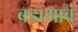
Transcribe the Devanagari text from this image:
बडागावं